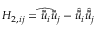
H _ { 2 , i j } = \widehat { \tilde { \bar { u } } _ { i } \tilde { \bar { u } } _ { j } } - \hat { \tilde { \bar { u } } } _ { i } \hat { \tilde { \bar { u } } } _ { j }